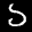
Label: 5